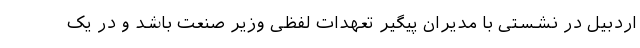
اردبیل در نشستی با مدیران پیگیر تعهدات لفظی وزیر صنعت باشد و در یک